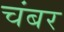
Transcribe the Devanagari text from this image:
चंबर